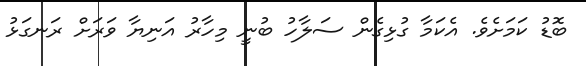
ބޮޑު ކަމަށެވެ. އެކަމާ ގުޅިގެން ސަލާހު ބުނީ މިހާރު އަނިޔާ ވަރަށް ރަނގަޅު